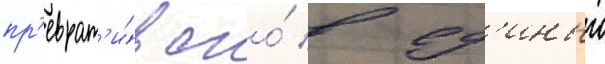
пр'еврат'и́в его́ в ед'иныи